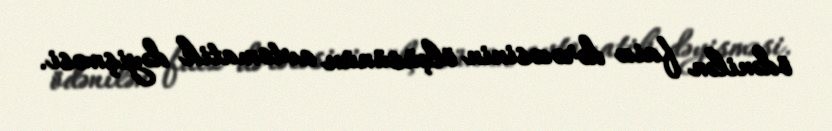
ödənilən faiz dərəcəsinin ölçüsünün avtomatik dəyişməsi.